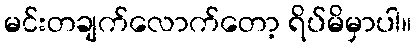
မင်းတချက်လောက်တော့ ရိပ်မိမှာပါ။